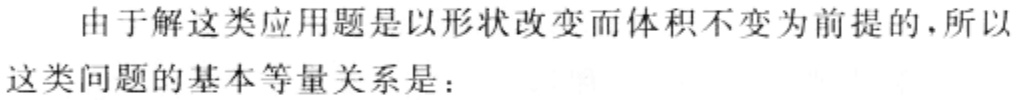
由于解这类应用题是以形状改变而体积不变为前提的,所以
这类问题的基本等量关系是：